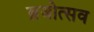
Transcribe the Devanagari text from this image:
ब्रजोत्सव